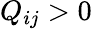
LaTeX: Q_{ij}>0